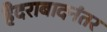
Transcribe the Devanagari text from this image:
हैदराबादनंतर